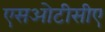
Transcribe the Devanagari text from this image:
एसओटीसीए